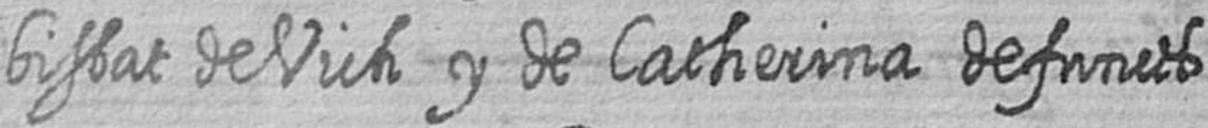
bisbat de Vich y de Catherina defuncts